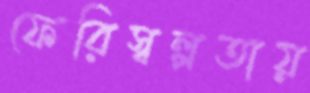
ফেরিস্বল্পতায়